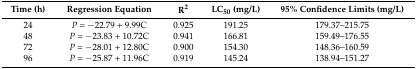
<table><thead><tr><td><b>Time (h)</b></td><td><b>Regression Equation</b></td><td><b>R<sup>2</sup></b></td><td><b>LC<sub>50</sub> (mg/L)</b></td><td><b>95% Confidence Limits (mg/L)</b></td></tr></thead><tbody><tr><td>24</td><td><i>P</i> = −22.79 + 9.99C</td><td>0.925</td><td>191.25</td><td>179.37–215.75</td></tr><tr><td>48</td><td><i>P</i> = −23.83 + 10.72C</td><td>0.941</td><td>166.81</td><td>159.49–176.55</td></tr><tr><td>72</td><td><i>P</i> = −28.01 + 12.80C</td><td>0.900</td><td>154.30</td><td>148.36–160.59</td></tr><tr><td>96</td><td><i>P</i> = −25.87 + 11.96C</td><td>0.919</td><td>145.24</td><td>138.94–151.27</td></tr></tbody></table>